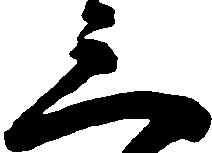
三